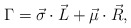
\begin{align*} \Gamma=\vec{\sigma}\cdot \vec{L}+\vec{\mu}\cdot\vec{R},\end{align*}